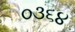
૦૩૬૪